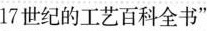
17世纪的工艺百科全书”